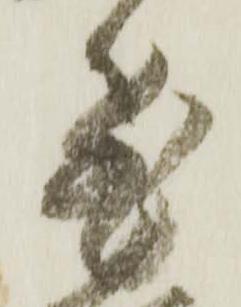
飛